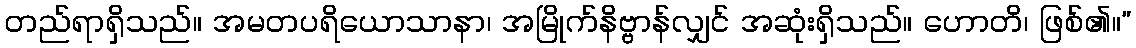
တည်ရာရှိသည်။ အမတပရိယောသာနာ၊ အမြိုက်နိဗ္ဗာန်လျှင် အဆုံးရှိသည်။ ဟောတိ၊ ဖြစ်၏။”